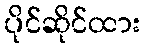
ပိုင်ဆိုင်ထား